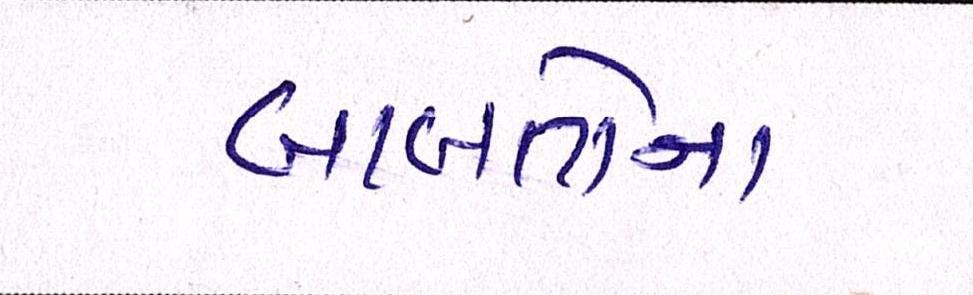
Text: બાબતોના